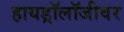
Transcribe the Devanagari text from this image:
हायड्रॉलॉजीवर